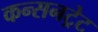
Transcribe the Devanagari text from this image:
कन्सनट्रेट